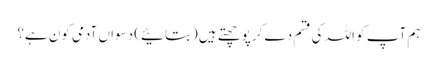
ہم آپ کو اللہ کی قسم دے کر پوچھتے ہیں (بتائیے) دسواں آدمی کون ہے؟